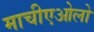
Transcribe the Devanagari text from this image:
माचीएओलो